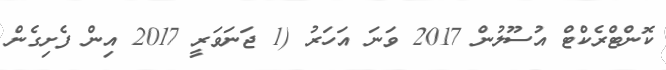
ކޮންޓްރެކްޓް އުސޫލުން 2017 ވަނަ އަހަރު (1 ޖަނަވަރީ 2017 އިން ފެށިގެން